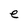
Character: e